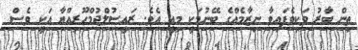
ތިން ބާރު ވަކިވެފައިވާ ނިޒާމެއްގެ ބޭނުމަކީ މިއީ އެވެ. ރައީސުލްޖުމްހޫރިއްޔާ އަކީ ވެސް